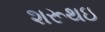
શરૂથઇ